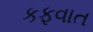
કફવાત